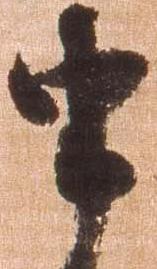
申